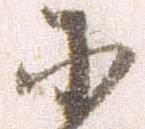
小